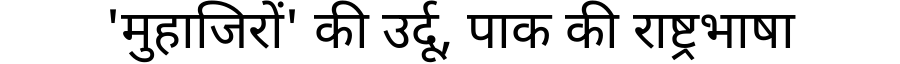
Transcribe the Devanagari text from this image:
'मुहाजिरों' की उर्दू, पाक की राष्ट्रभाषा